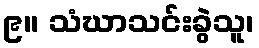
၉။ သံဃာသင်းခွဲသူ၊